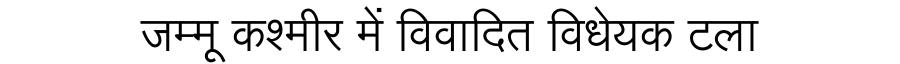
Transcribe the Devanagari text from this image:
जम्मू कश्मीर में विवादित विधेयक टला